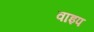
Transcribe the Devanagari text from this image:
वाइप